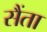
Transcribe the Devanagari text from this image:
सैंता